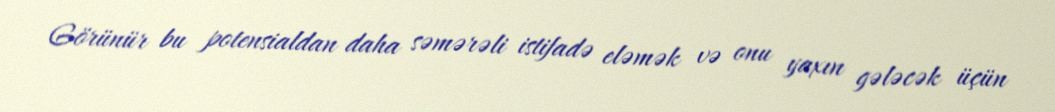
Görünür bu potensialdan daha səmərəli istifadə eləmək və onu yaxın gələcək üçün